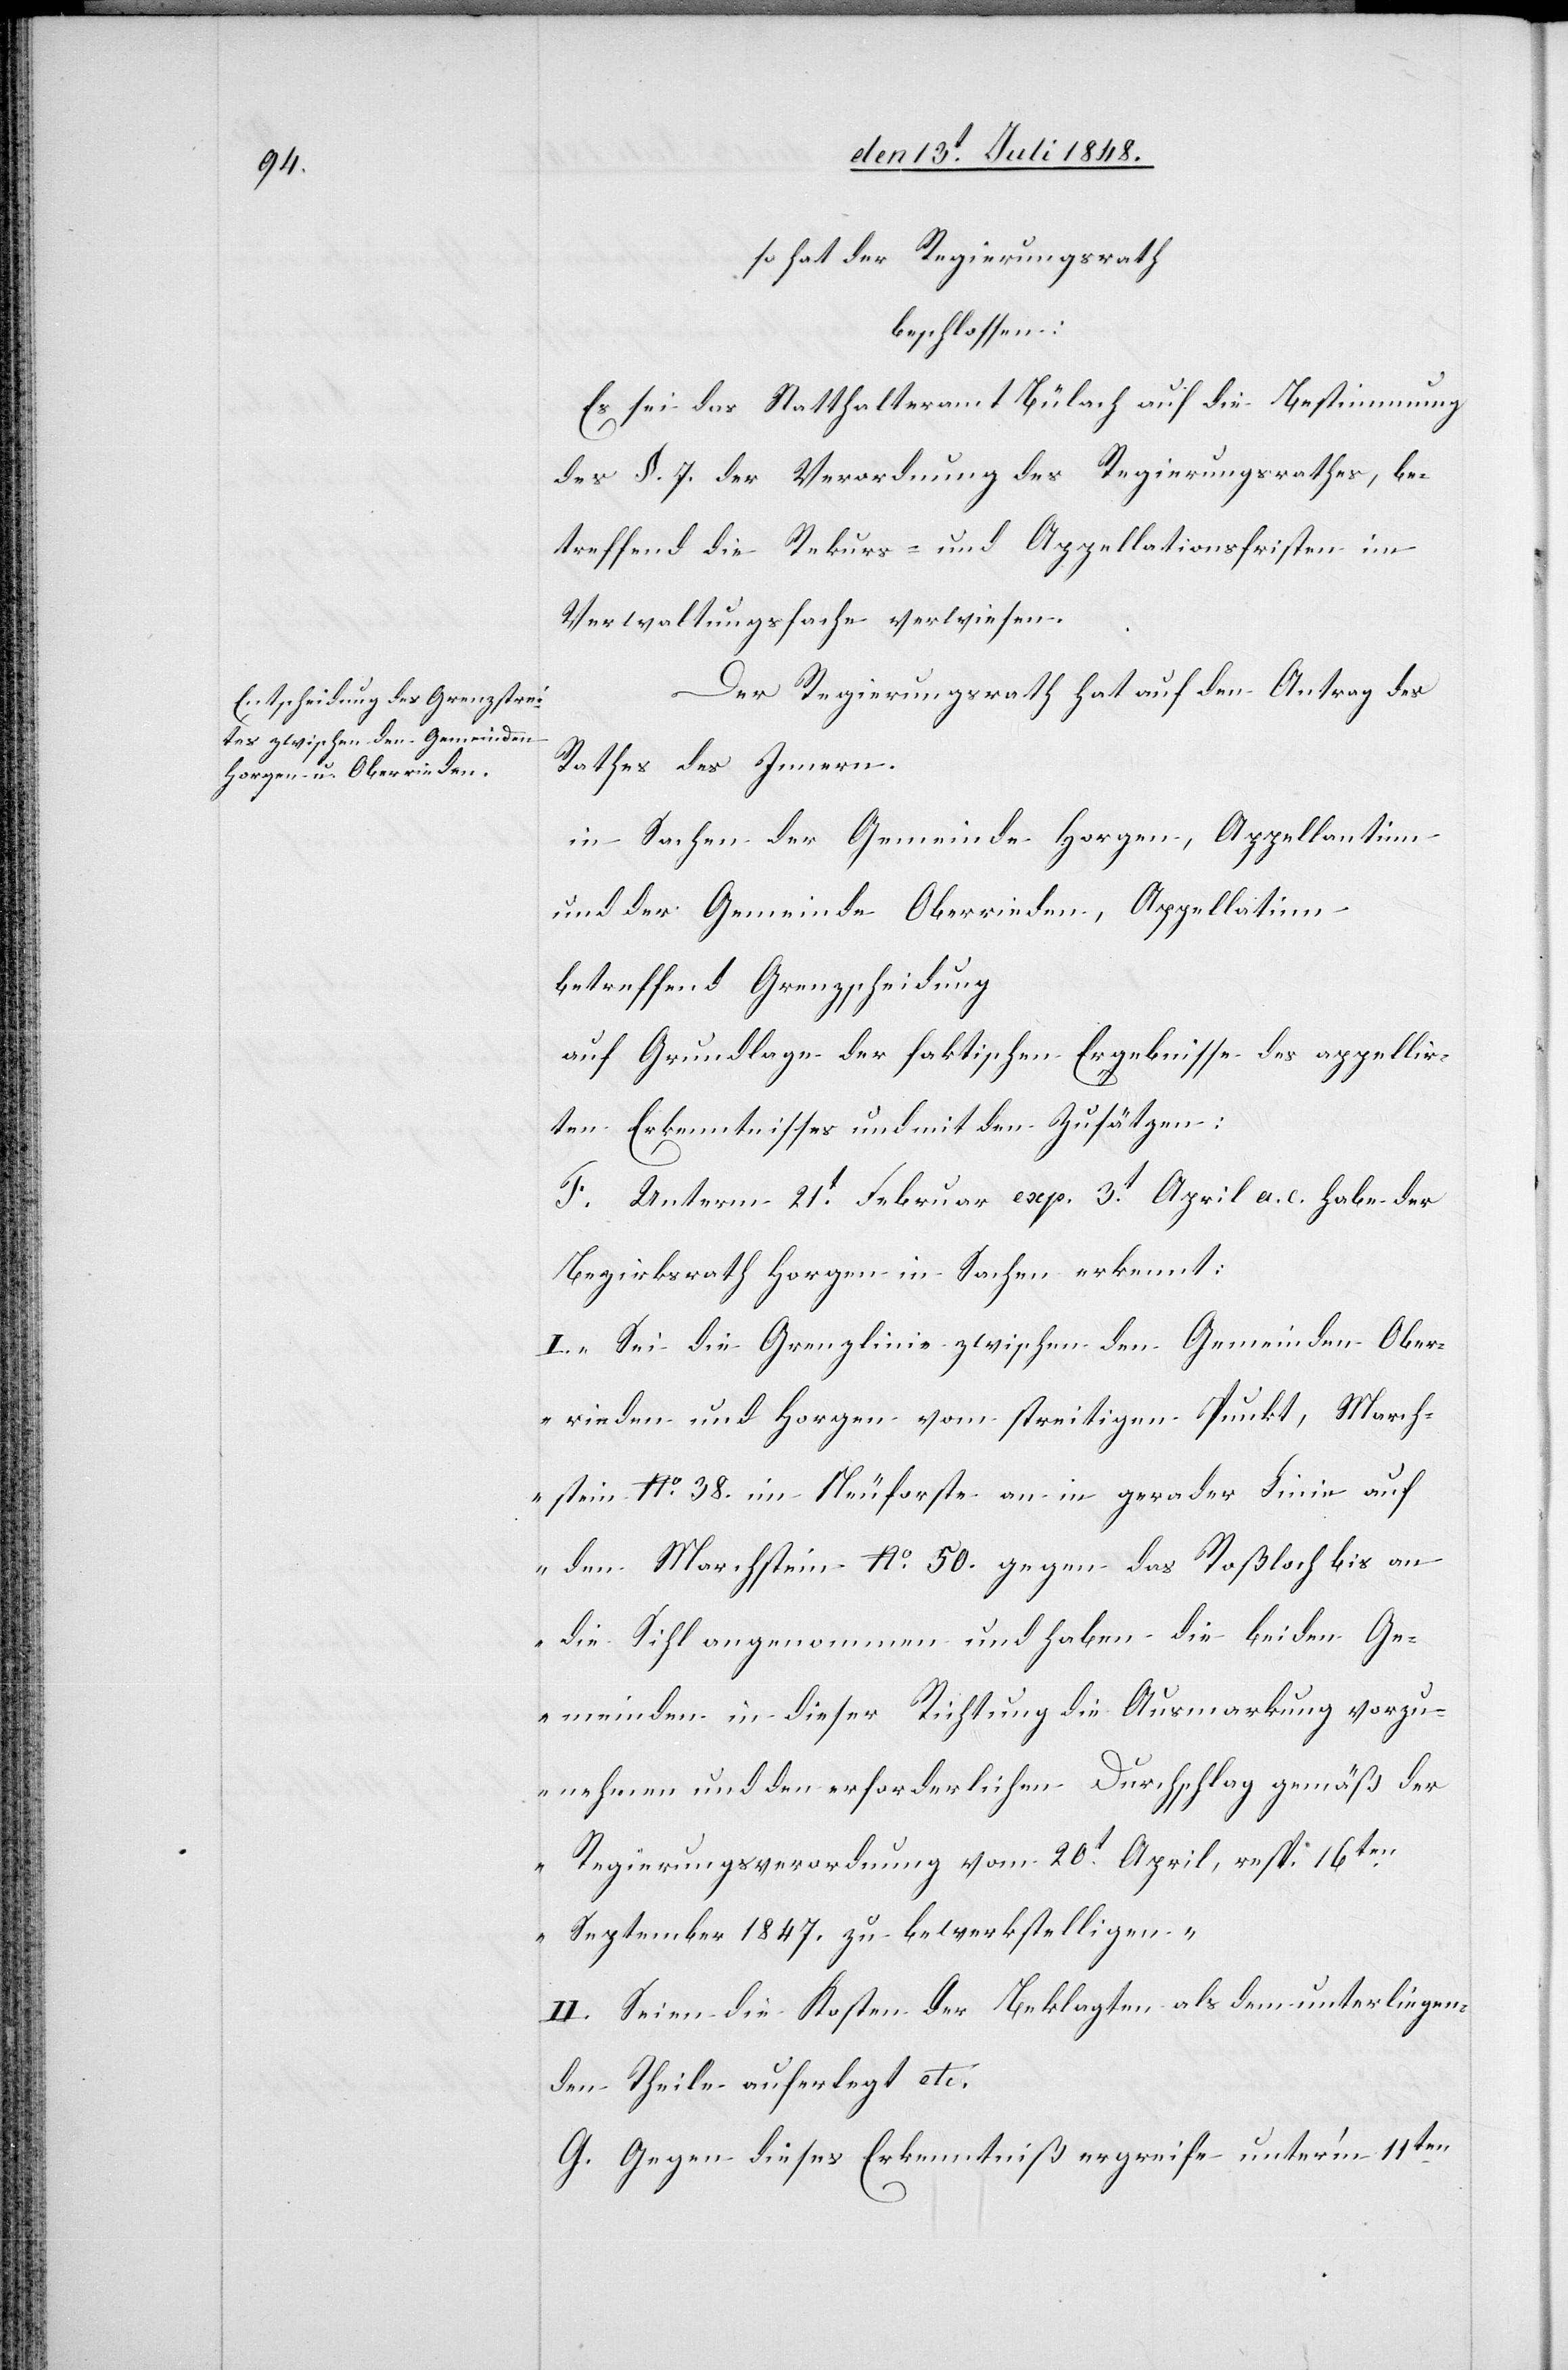
so hat der Regierungsrath
beschlossen:
Es sei das Statthalteramt Bülach auf die Bestimmung
des §. 7. der Verordnung des Regierungsrathes, be¬
treffend die Rekurs- und Appellationsfristen im
Verwaltungsfache verwiesen.
Der Regierungsrath hat auf den Antrag des
Rathes des Innern
in Sachen der Gemeinde Horgen, Appellantinn
und der Gemeinde Oberrieden, Appellatinn
betreffend Grenzscheidung
auf Grundlage der faktischen Ergebnisse des appellir¬
ten Erkenntnisses und mit den Zusätzen:
F. Unterm 21t Februar exp. 3t April a. c. habe der
Bezirksrath Horgen in Sachen erkennt:
I. „Sei die Grenzlinie zwischen den Gemeinden Ober¬
rieden und Horgen vom streitigen Punkt, March¬
stein No 38. im Neuforste an in gerader Linie auf
den Marchstein No 50. gegen das Roßloch bis an
die Sihl angenommen und haben die beiden Ge¬
meinden in dieser Richtung die Ausmarkung vorzu¬
nehmen und den erforderlichen Durchschlag gemäß der
Regierungsverordnung vom 20t April, resp. 16ten
September 1847. zu bewerkstelligen.“
II. Seien die Kosten der Beklagten als dem unterliegen¬
den Theile auferlegt etc.
G. Gegen dieses Erkenntniß ergreife unter’m 11ten